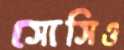
সোসিও